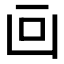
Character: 𠚃